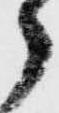
郎